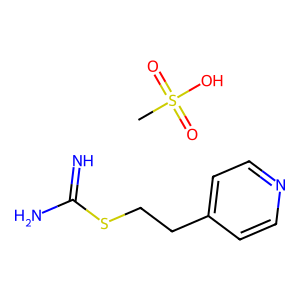
SMILES: CS(=O)(=O)O.N=C(N)SCCc1ccncc1
Inhibits HIV replication: No